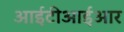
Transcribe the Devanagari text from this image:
आईटीआईआर